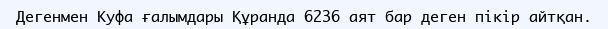
Дегенмен Куфа ғалымдары Құранда 6236 аят бар деген пікір айтқан.